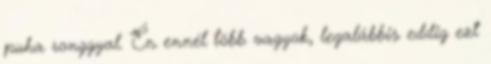
puha ronggyal. Én ennél több vagyok, legalábbis eddig ezt